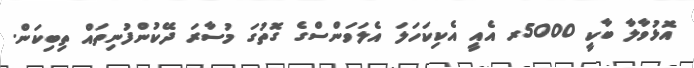
އޮޅުވާލާ ބާކީ 5000ރ އެއީ އެކިކަހަލަ އެލަވަންސްގެ ގޮތުގަ މުސާރަ ދޭކުންފުނިތައް ތިބިކަން.